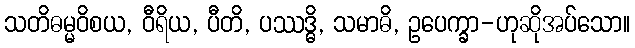
သတိဓမ္မဝိစယ, ဝီရိယ, ပီတိ, ပဿဒ္ဓိ, သမာဓိ, ဥပေက္ခာ-ဟုဆိုအပ်သော။